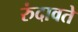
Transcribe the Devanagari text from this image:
रुंदावते